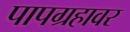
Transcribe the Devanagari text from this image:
पापग्रहावर